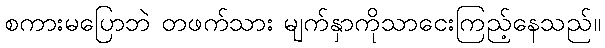
စကားမပြောဘဲ တဖက်သား မျက်နှာကိုသာငေးကြည့်နေသည်။